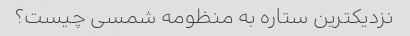
نزدیکترین ستاره به منظومه شمسی چیست؟